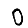
Digit: 0